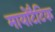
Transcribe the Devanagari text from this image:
मायोटैटिक